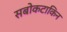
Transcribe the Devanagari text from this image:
सबोकटाकिन